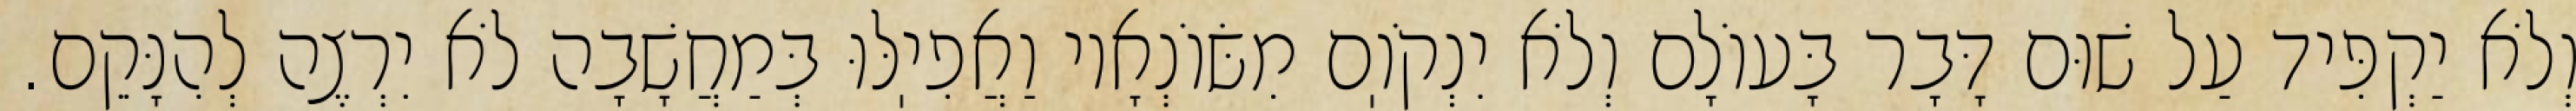
וְלֹא יַקְפִּיד עַל שׁוּם דָּבָר בָּעוֹלָם וְלֹא יִנְקֹוֽם מִשּׂוֹנְאָיו וַאֲפִיֽלּוּ בְּמַחֲשָׁבָה לֹא יִרְצֶה לְהִנָּקֵם.